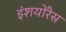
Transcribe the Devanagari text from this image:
इंशयोंरेस